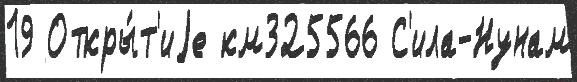
19 Откры́т'иjе км325566 С'ила-Нунам